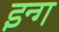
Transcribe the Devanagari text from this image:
इन्ग